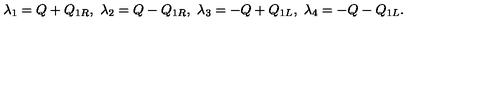
\lambda _ { 1 } = Q + Q _ { 1 R } , \ \lambda _ { 2 } = Q - Q _ { 1 R } , \ \lambda _ { 3 } = - Q + Q _ { 1 L } , \ \lambda _ { 4 } = - Q - Q _ { 1 L } .